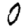
Digit: 0